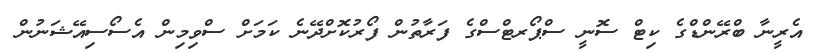
އެރީނާ ބްރޭންޑްގެ ކިޓް ސޮނީ ސްޕޯރޓްސްގެ ފަރާތުން ފޯރުކޮށްދޭނެ ކަމަށް ސްވިމިން އެސޯސިއޭޝަނުން